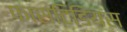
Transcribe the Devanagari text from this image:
फास्टिडियस